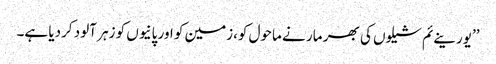
’’یورینےئم شیلوں کی بھر مار نے ماحول کو،زمین کو اور پانیوں کو زہر آلود کردیا ہے۔